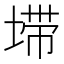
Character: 𰊂